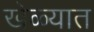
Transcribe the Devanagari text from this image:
खेळ्यात